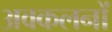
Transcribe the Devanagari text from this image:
अवकलनों